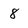
Character: 8